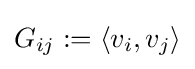
G_{ij}:=\langle v_{i},v_{j}\rangle